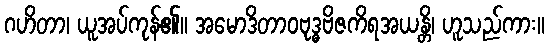
ဂဟိတာ၊ ယူအပ်ကုန်၏။ အမောဒိတာဝဗုဒ္ဓဗိဇကိရအယန္တိ၊ ဟူသည်ကား။